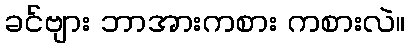
ခင်ဗျား ဘာအားကစား ကစားလဲ။